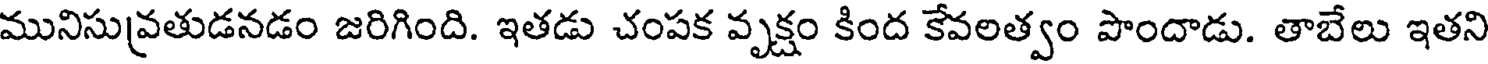
మునిసువ్రతుడనడం జరిగింది. ఇతడు చంపక వృక్షం కింద కేవలత్వం పొందాడు. తాబేలు ఇతని